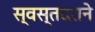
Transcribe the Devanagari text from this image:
स्वस्तदराने